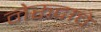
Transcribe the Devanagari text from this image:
नेरुदाचे